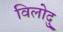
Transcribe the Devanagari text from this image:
विलोदु